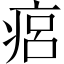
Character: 㾔